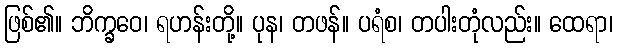
ဖြစ်၏။ ဘိက္ခဝေ၊ ရဟန်းတို့။ ပုန၊ တဖန်။ ပရံစ၊ တပါးတုံလည်း။ ထေရာ၊